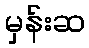
မှန်းဆ